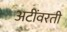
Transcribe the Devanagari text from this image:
अटींवरती